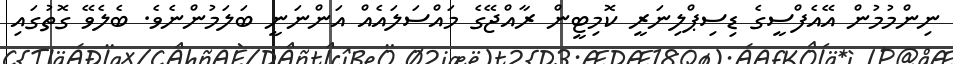
ނިންމުމުން އޭއެފްސީގެ ޑިސިޕްލިނަރީ ކޮމިޓީން ރާއްޖޭގެ މައްސަލައެއް އަންނަނީ ބަލަމުންނެވެ. ބެލެވޭ ގޮތުގައި